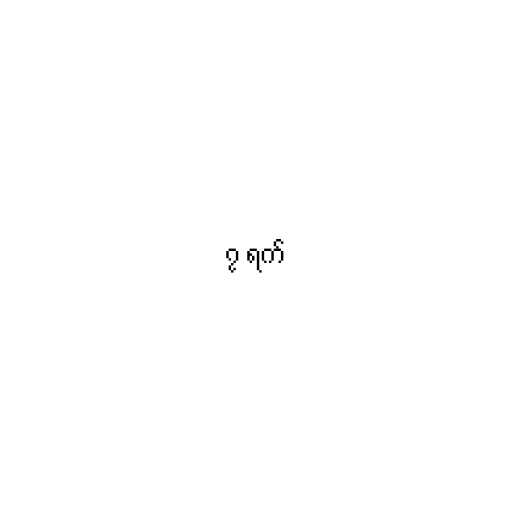
၇ ရက်